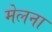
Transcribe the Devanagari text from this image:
मेलना